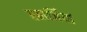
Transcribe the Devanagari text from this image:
एलर्जियां